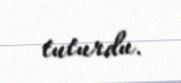
tuturdu.